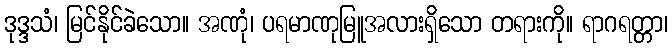
ဒုဒ္ဒသံ၊ မြင်နိုင်ခဲသော။ အဏုံ၊ ပရမာဏုမြူအလားရှိသော တရားကို။ ရာဂရတ္တာ၊